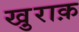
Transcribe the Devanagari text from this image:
खु़राक़